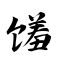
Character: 馐